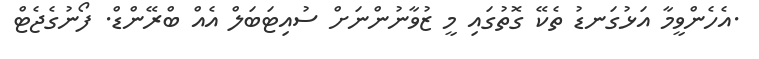
.އެހެންވީމާ އަޅުގަނޑު ތެކޭ ގޮތުގައި މީ ޒުވާނުންނަށް ސުއިޓަބަލް އެއް ބްރޭންޑް. ފޯނުގެޖެޓް